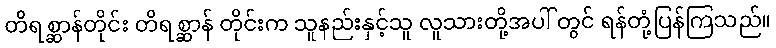
တိရစ္ဆာန်တိုင်း တိရစ္ဆာန် တိုင်းက သူနည်းနှင့်သူ လူသားတို့အပါ် တွင် ရန်တုံ့ပြန်ကြသည်။